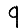
Digit: 9